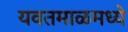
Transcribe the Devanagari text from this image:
यवतमाळमध्ये